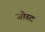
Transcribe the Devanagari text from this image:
जोस्ट